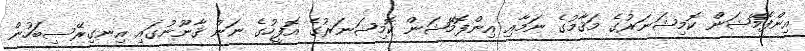
އިންފޮމޭޝަން ކޮމިޝަނަރުގެ މަޤާމުގެ ނަމާއި އިންފޮމޭޝަން ކޮމިޝަނަރުގެ އޮފީހުގެ ނަން ޤާނޫނުގައި އިނގިރޭސިބަހުން